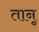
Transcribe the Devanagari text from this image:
तानू